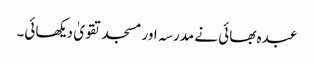
عبدہ بھائی نے مدرسہ اور مسجد تقویٰ دیکھائی۔